On a parasite found in persons suffering from enlargement of the spleen in India, second report - Number 11
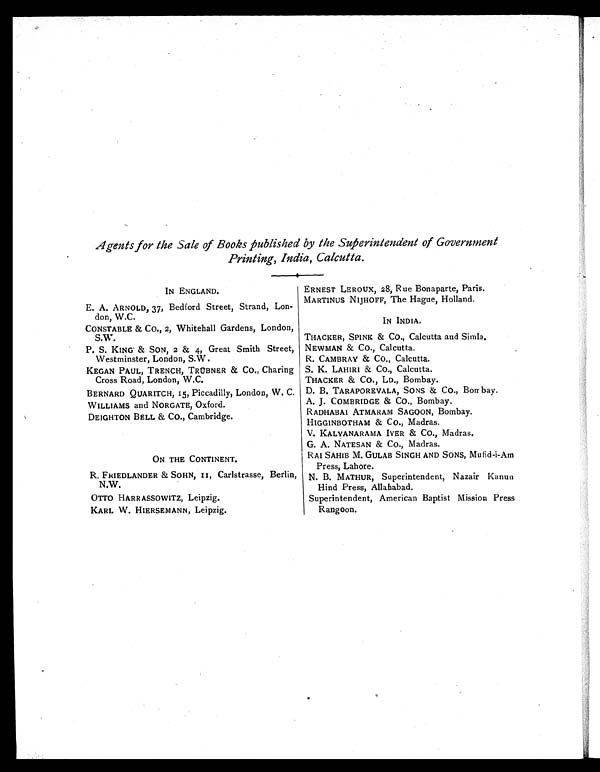
Agents for the Sale of Books published by the Superintendent of Government
Printing, India, Calcutta.
IN ENGLAND.
ERNEST LEROUX, 28, Rue Bonaparte, Paris.
MARTINUS NIJHOFF, The Hague, Holland.
E. A. ARNOLD, 37, Bedford Street, Strand, Lon-
don, W.C.
IN INDIA.
CONSTABLE & CO., 2, Whitehall Gardens, London,
S.W.
THACKER, SPINK & CO., Calcutta and Simla.
P. S. KING & SON, 2 & 4, Great Smith Street,
Westminster, London, S.W.
NEWMAN & CO., Calcutta.
R. CAMBRAY & CO., Calcutta.
KEGAN PAUL, TRENCH, TRÜBNER & CO., Charing
Cross Road, London, W.C.
S. K. LAHIRI & Co., Calcutta.
THACKER & CO., LD., Bombay.
BERNARD QUARITCH, 15, Piccadilly, London, W. C. D. B. TARAPOREVALA, SONS & CO., Bombay.
WILLIAMS and NORGATE, Oxford.
A. J. COMBRIDGE & CO., Bombay.
DEIGHTON BELL & CO., Cambridge.
RADHABAI ATMARAM SAGOON, Bombay.
HIGGINBOTHAM & CO., Madras.
V. KALYANARAMA IYER & CO., Madras.
G. A. NATESAN & CO., Madras.
ON THE CONTINENT.
RAI SAHIB M. GULAB SINGH AND SONS, Mufid-i-Am
Press, Lahore.
R. FRIEDLANDER & SOHN, 11, Carlstrasse, Berlin,
N.W.
N. B. MATHUR, Superintendent, Nazair Kanun
Hind Press, Allahabad.
OTTO HARRASSOWITZ, Leipzig.
Superintendent, American Baptist Mission Press
Rangoon.
KARL W. HIERSEMANN, Leipzig.